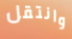
وانتقل